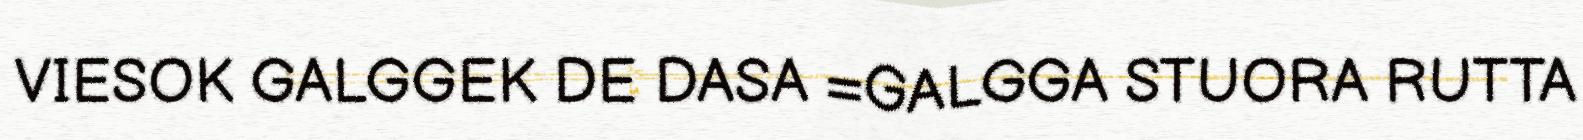
VIESOK GALGGEK DE DASA =GALGGA STUORA RUTTA